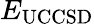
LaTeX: E_{\mathrm{UCCSD}}